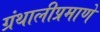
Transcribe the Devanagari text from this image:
ग्रंथालीप्रमाणे